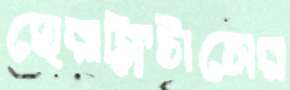
হেরাক্লিটাসের